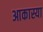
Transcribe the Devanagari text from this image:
आकास्या